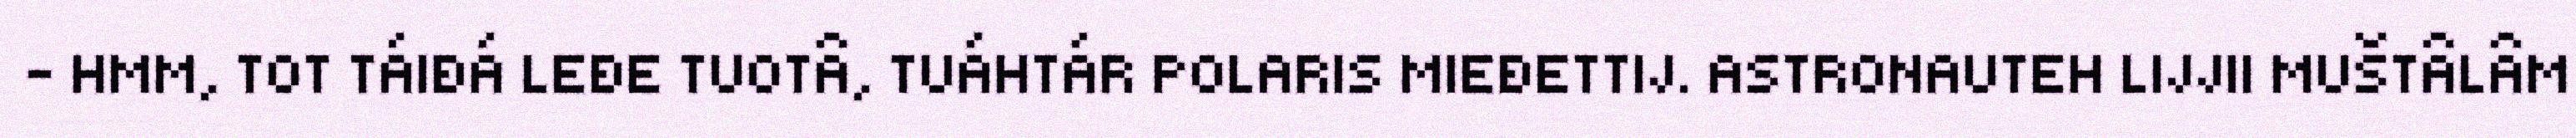
- HMM, TOT TÁIĐÁ LEĐE TUOTÂ, TUÁHTÁR POLARIS MIEĐETTIJ. ASTRONAUTEH LIJJII MUŠTÂLÂM